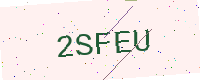
Text: 2SFEU